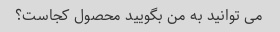
می توانید به من بگویید محصول کجاست؟